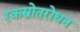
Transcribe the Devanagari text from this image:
रकस्रोतरोधन